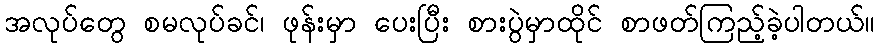
အလုပ်တွေ စမလုပ်ခင်၊ ဖုန်းမှာ ပေးပြီး စားပွဲမှာထိုင် စာဖတ်ကြည့်ခဲ့ပါတယ်။